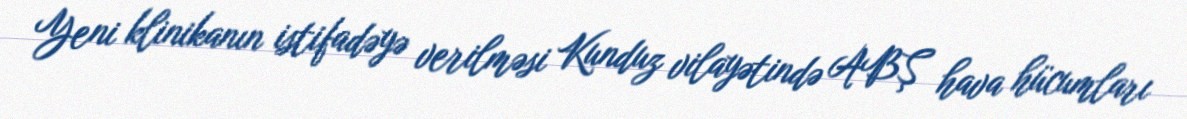
Yeni klinikanın istifadəyə verilməsi Kunduz vilayətində ABŞ hava hücumları